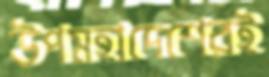
উপমহাদেশেরই